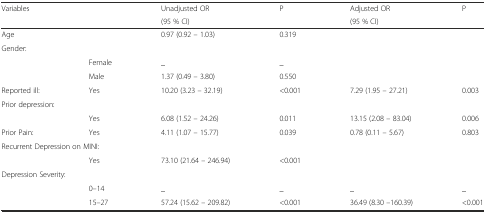
<table><thead><tr><td rowspan="2"><b>Variables</b></td><td rowspan="2"></td><td><b>Unadjusted OR</b></td><td rowspan="2"><b>P</b></td><td><b>Adjusted OR</b></td><td rowspan="2"><b>P</b></td></tr><tr><td><b>(95 % CI)</b></td><td><b>(95 % CI)</b></td></tr></thead><tbody><tr><td>Age</td><td></td><td>0.97 (0.92 – 1.03)</td><td>0.319</td><td></td><td></td></tr><tr><td colspan="6">Gender:</td></tr><tr><td></td><td>Female</td><td>_</td><td>_</td><td></td><td></td></tr><tr><td></td><td>Male</td><td>1.37 (0.49 – 3.80)</td><td>0.550</td><td></td><td></td></tr><tr><td>Reported ill:</td><td>Yes</td><td>10.20 (3.23 – 32.19)</td><td>&lt;0.001</td><td>7.29 (1.95 – 27.21)</td><td>0.003</td></tr><tr><td colspan="6">Prior depression:</td></tr><tr><td></td><td>Yes</td><td>6.08 (1.52 – 24.26)</td><td>0.011</td><td>13.15 (2.08 – 83.04)</td><td>0.006</td></tr><tr><td>Prior Pain:</td><td>Yes</td><td>4.11 (1.07 – 15.77)</td><td>0.039</td><td>0.78 (0.11 – 5.67)</td><td>0.803</td></tr><tr><td colspan="6">Recurrent Depression on MINI:</td></tr><tr><td></td><td>Yes</td><td>73.10 (21.64 – 246.94)</td><td>&lt;0.001</td><td></td><td></td></tr><tr><td colspan="6">Depression Severity:</td></tr><tr><td rowspan="2"></td><td>0–14</td><td>_</td><td>_</td><td>_</td><td>_</td></tr><tr><td>15–27</td><td>57.24 (15.62 – 209.82)</td><td>&lt;0.001</td><td>36.49 (8.30 –160.39)</td><td>&lt;0.001</td></tr></tbody></table>